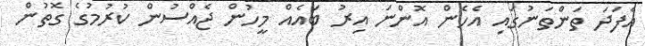
އެފަދަ ތަންތަނުގައި އެހެން އޮންނަ އިރު ބައެއް މީހުން ޖެއްސުން ކުރުމުގެ ގޮތުން